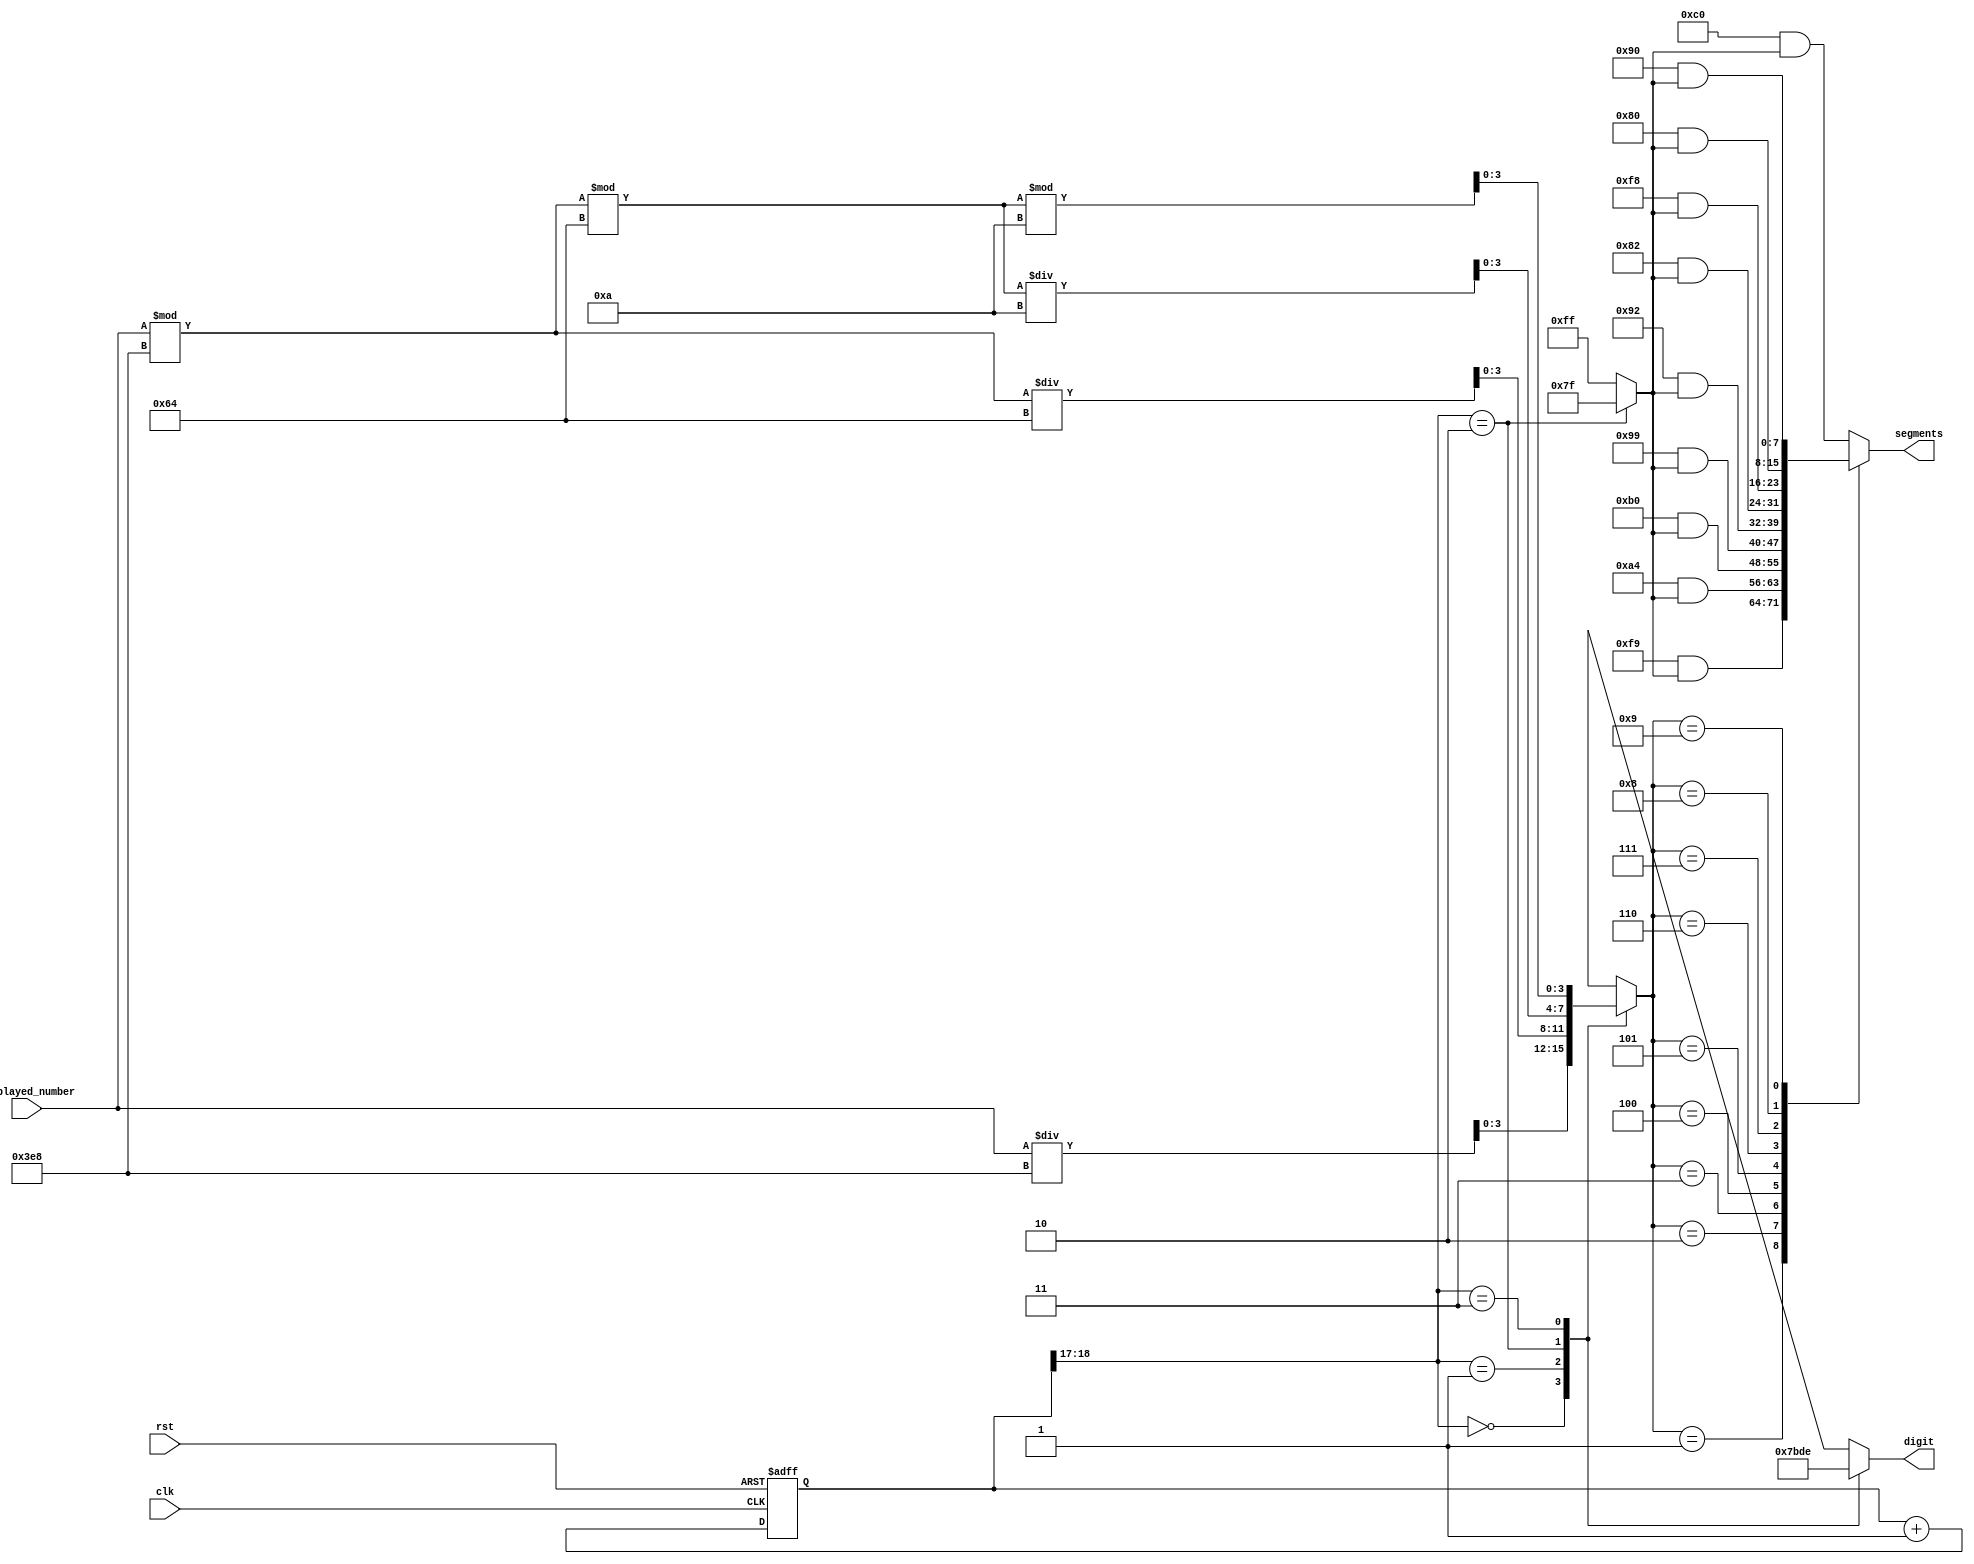
module seven_seg_multiplexing(
    input rst,
    input clk,
    input [13:0] displayed_number,
    output reg [3:0] digit,
    output reg [7:0] segments
    );
    
    reg [18:0] counter; 
    wire [1:0] digit_activating_counter;
    wire third_digit;
    reg [3:0] figure;
    reg [7:0] activating_dp;
      
    initial begin 
        counter <= 0;
    end 
    
    always @(posedge clk or posedge rst) begin 
        if (rst == 1)
            counter <= 0;
        else
            counter <= counter + 1;
    end
   
    assign digit_activating_counter = counter[18:17];
    
    always @(digit_activating_counter) begin
        case (digit_activating_counter)
          2'b00: begin
                   digit = ~4'b1000; // activer le 1er digit seulement
                   figure = displayed_number / 1000; // chiffre des milliers
                 end
          2'b01: begin
                   digit = ~4'b0100; // activer le 2e digit seulement
                   figure = (displayed_number % 1000) / 100; // chiffre des centaines
                 end
          2'b10: begin
                   digit = ~4'b0010; // activer le 3e digit seulement
                   figure = ((displayed_number % 1000) % 100) / 10; // chiffre des dizaines
                 end
          2'b11: begin
                   digit = ~4'b0001; // activer le 4e digit seulement
                   figure = ((displayed_number % 1000) % 100) % 10; // chiffre des units
                 end   
          default: begin
                     digit = ~4'b1000; // activer le 1er digit seulement
                   end
        endcase
    end
    
    assign third_digit = digit_activating_counter == 2'b10;
    
    always @(*) begin
        activating_dp = third_digit ? ~8'b10000000 : ~8'h00 ; // activation du point si 3e digit
        case (figure)           
                                   //pgfedcba			
            4'b0000: segments <= ~8'b00111111 & activating_dp; // "0"
            4'b0001: segments <= ~8'b00000110 & activating_dp; // "1" 
            4'b0010: segments <= ~8'b01011011 & activating_dp; // "2" 
            4'b0011: segments <= ~8'b01001111 & activating_dp; // "3" 
            4'b0100: segments <= ~8'b01100110 & activating_dp; // "4" 
            4'b0101: segments <= ~8'b01101101 & activating_dp; // "5" 
            4'b0110: segments <= ~8'b01111101 & activating_dp; // "6" 
            4'b0111: segments <= ~8'b00000111 & activating_dp; // "7" 
            4'b1000: segments <= ~8'b01111111 & activating_dp; // "8"     
            4'b1001: segments <= ~8'b01101111 & activating_dp; // "9" 
            default: segments <= ~8'b00111111 & activating_dp; // "0"
        endcase            
    end
    
endmodule